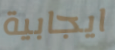
ايجابية